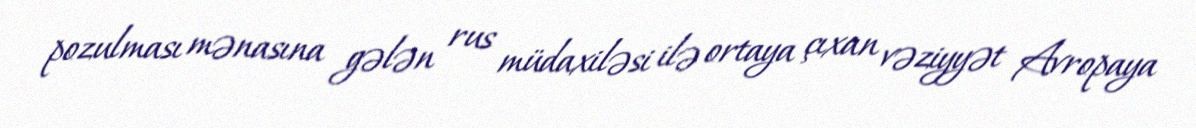
pozulması mənasına gələn rus müdaxiləsi ilə ortaya çıxan vəziyyət Avropaya